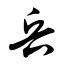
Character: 兵